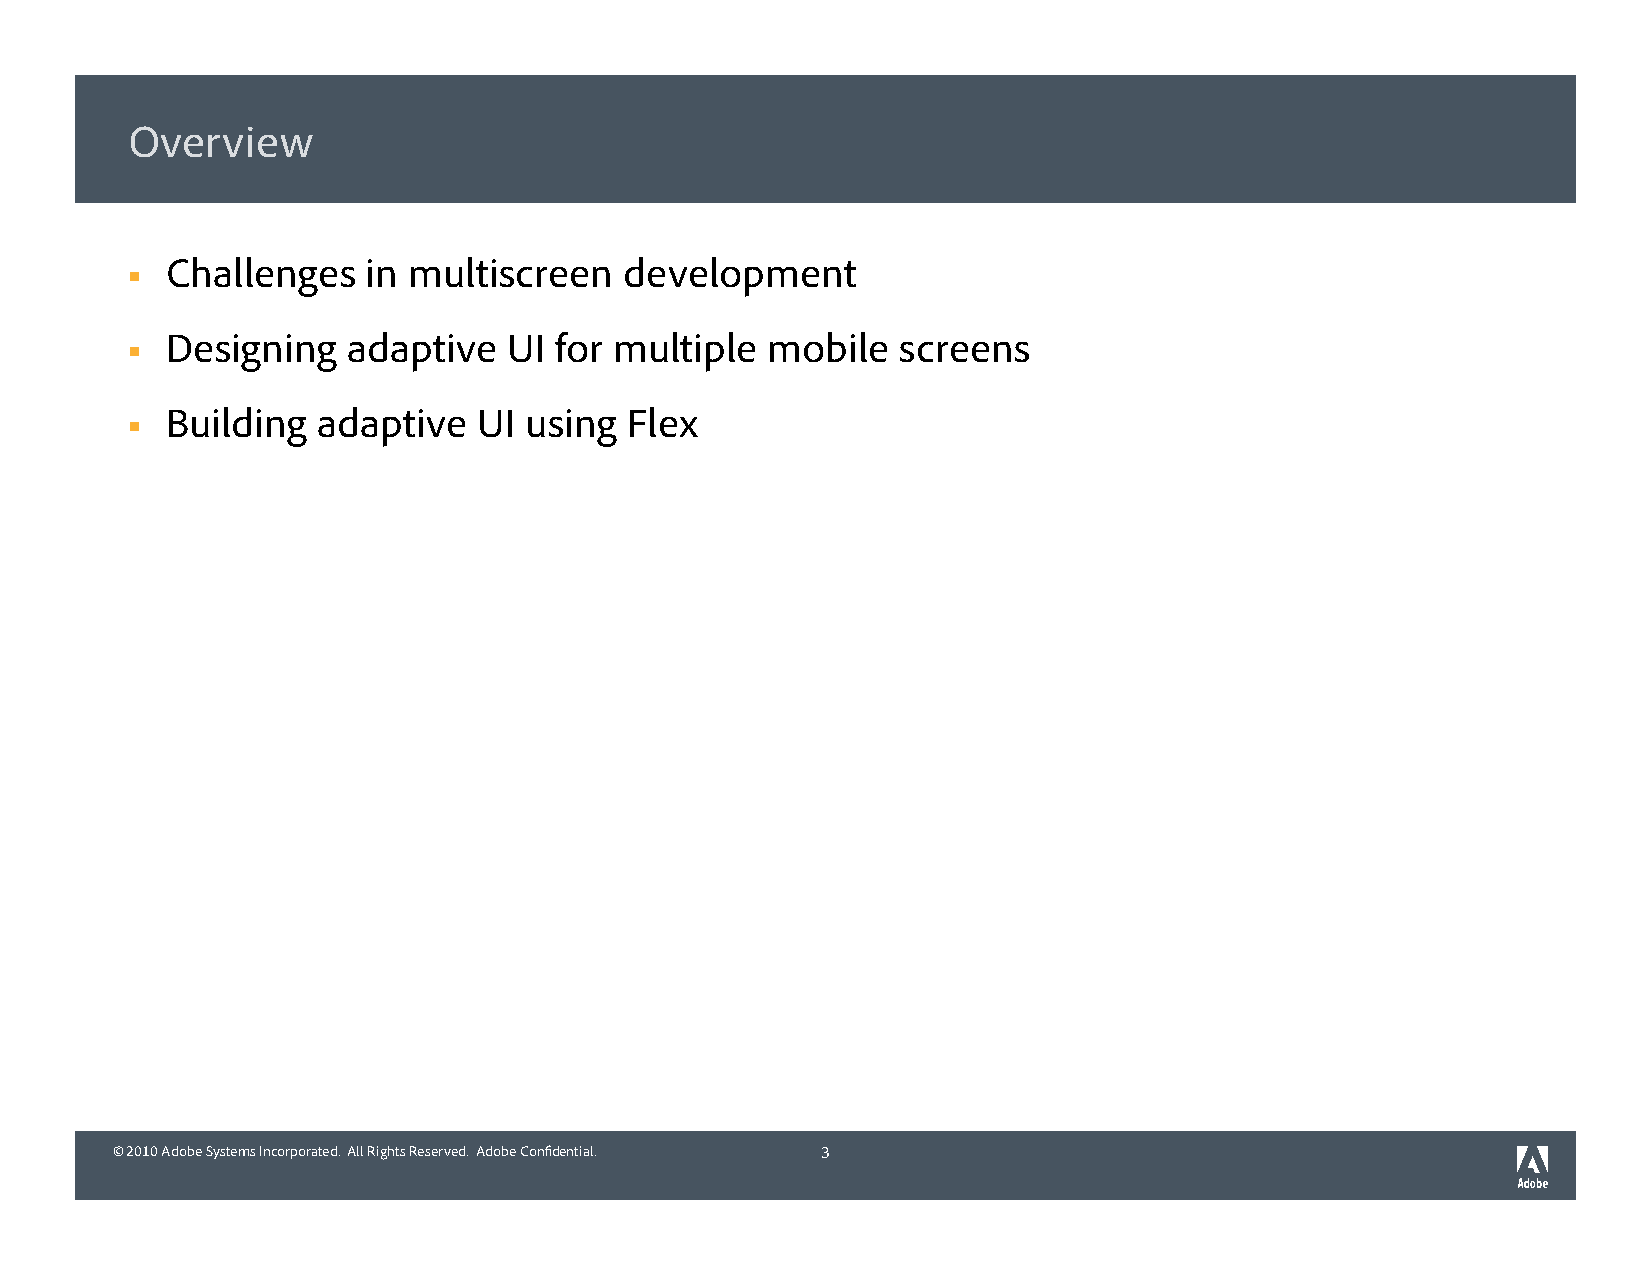
Overview
 Challenges   in multiscreen   development
 
 Designing   adaptive   UI for multiple  mobile   screens
 
 Building  adaptive   UI using Flex
 
 © 2010 Adobe Systems Incorporated. All Rights Reserved. Adobe Confidential. 3